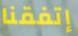
إتفقنا